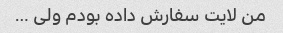
من لایت سفارش داده بودم ولی …